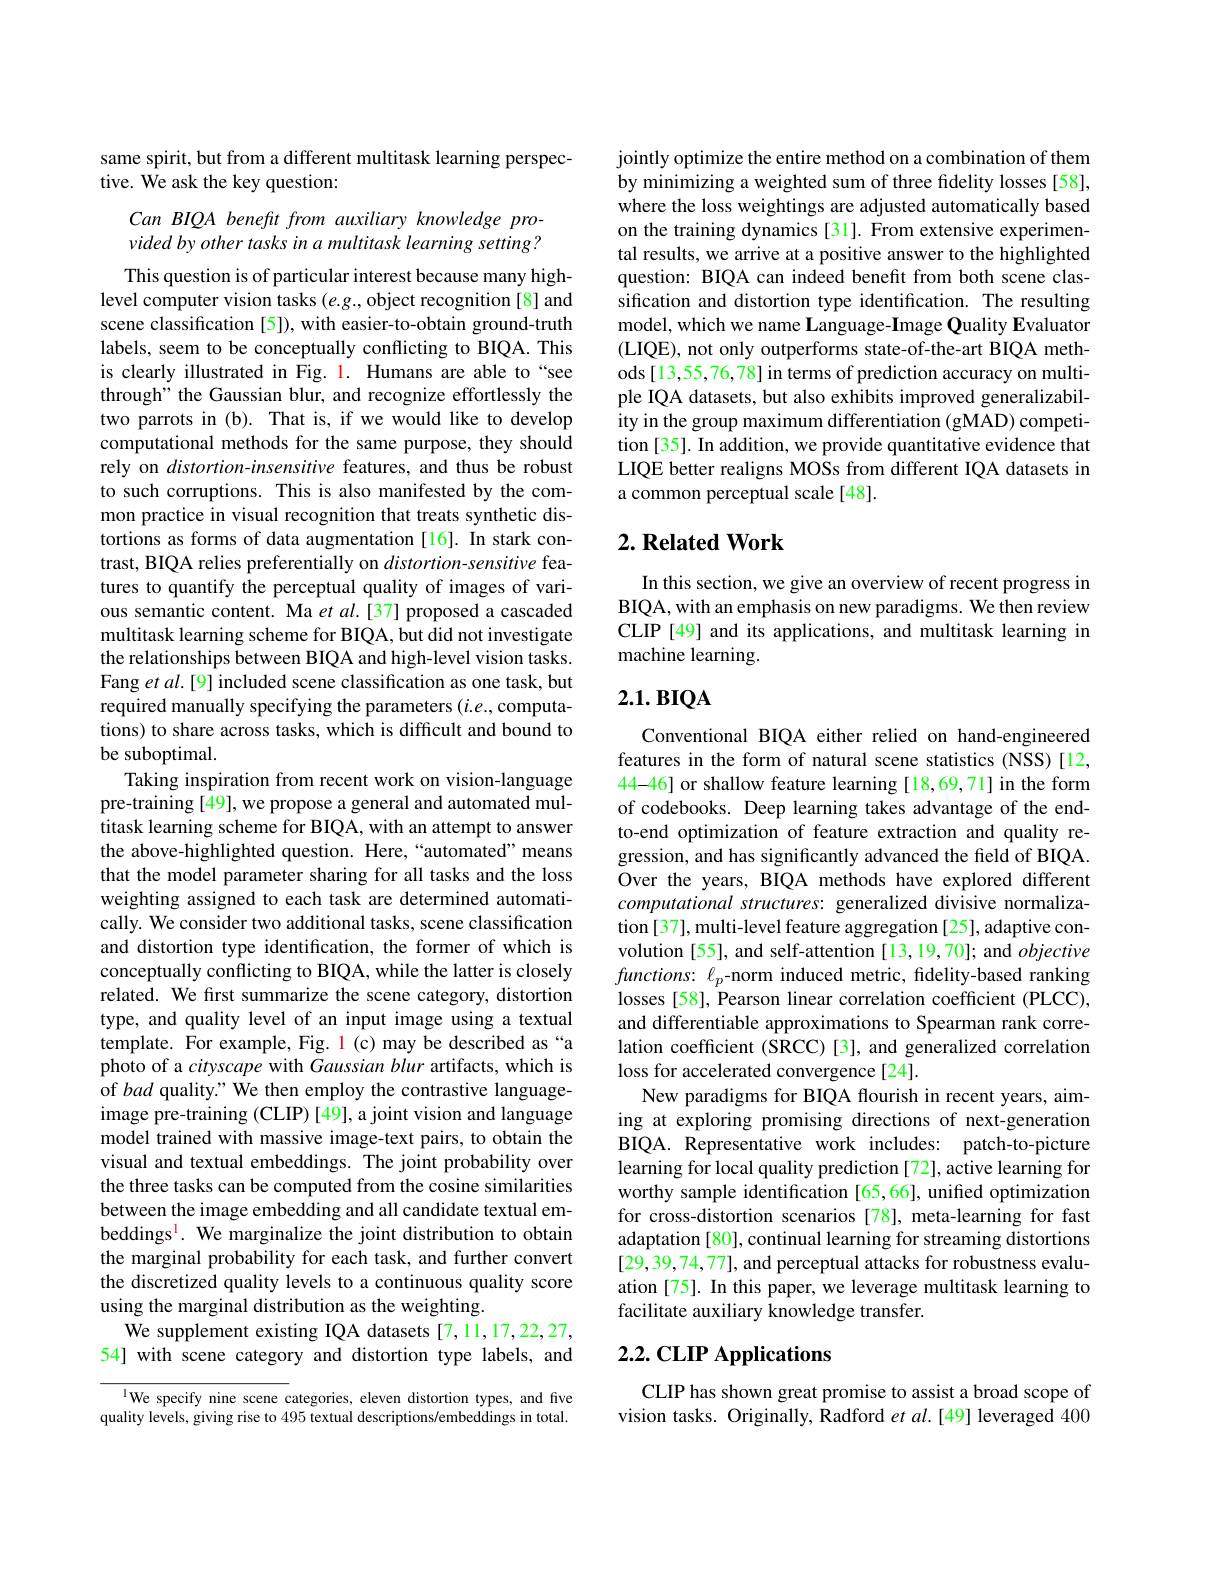
## same spirit, but from a different multitask learning perspective. We ask the key question:

Can BIQA benefit from auxiliary knowledge provided by other tasks in a multitask learning setting ?

This question is of particular interest because many highlevel computer vision tasks $(e.g.$, object recognition [8] and scene classification [5]), with easier-to-obtain ground-truth labels, seem to be conceptually conflicting to BIQA. This is clearly illustrated in Fig. 1. Humans are able to“see through" the Gaussian blur, and recognize effortlessly the two parrots in (b). That is, if we would like to develop computational methods for the same purpose, they should rely on distortion-insensitive features, and thus be robust to such corruptions. This is also manifested by the common practice in visual recognition that treats synthetic distortions as forms of data augmentation [16]. In stark contrast, BIQA relies preferentially on $distortion-sensitive$ features to quantify the perceptual quality of images of various semantic content. Ma $et$ al.[37] proposed a cascaded multitask learning scheme for BIQA, but did not investigate the relationships between BIQA and high-level vision tasks. Fang et al.[9] included scene classification as one task, but required manually specifying the parameters (i.e., computations) to share across tasks, which is difficult and bound to be suboptimal.
Taking inspiration from recent work on vision-language pre-training [49], we propose a general and automated multitask learning scheme for BIQA, with an attempt to answer the above-highlighted question. Here,“automated”means that the model parameter sharing for all tasks and the loss weighting assigned to each task are determined automatically. We consider two additional tasks, scene classification and distortion type identification, the former of which is conceptually conflicting to BIQA, while the latter is closely related. We first summarize the scene category, distortion type, and quality level of an input image using a textual template. For example, Fig. 1(c) may be described as “a photo of a cityscape with Gaussian blur artifacts, which is of bad quality." We then employ the contrastive languageimage pre-training (CLIP) [49], a joint vision and language model trained with massive image-text pairs, to obtain the visual and textual embeddings. The joint probability over the three tasks can be computed from the cosine similarities between the image embedding and all candidate textual embeddings$^{\mathrm{l}}.$ We marginalize the joint distribution to obtain the marginal probability for each task, and further convert the discretized quality levels to a continuous quality score using the marginal distribution as the weighting.
We supplement existing IQA datasets [7,11,17,22,27, 54] with scene category and distortion type labels, and

$^{1}$We specify nine scene categories, eleven distortion types, and five quality levels, giving rise to 495 textual descriptions/embeddings in total.

jointly optimize the entire method on a combination of them by minimizing a weighted sum of three fidelity losses [58], where the loss weightings are adjusted automatically based on the training dynamics [31]. From extensive experimental results, we arrive at a positive answer to the highlighted question: BIQA can indeed benefit from both scene classification and distortion type identification. The resulting model, which we name Language-Image Quality Evaluator (LIQE), not only outperforms state-of-the-art BIQA methods [13,55,76,78] in terms of prediction accuracy on multiple IQA datasets, but also exhibits improved generalizability in the group maximum differentiation (gMAD) competition [35]. In addition, we provide quantitative evidence that LIQE better realigns MOSs from different IQA datasets in a common perceptual scale [48].

## $2. \textbf{ Related Work}$

In this section, we give an overview of recent progress in BIQA, with an emphasis on new paradigms. We then review CLIP [49] and its applications, and multitask learning in machine learning.

## $2. 1. \textbf{в IQA}$

Conventional BIQA either relied on hand-engineered features in the form of natural scene statistics (NSS)[12, 44-46] or shallow feature learning [18,69,71] in the form of codebooks. Deep learning takes advantage of the endto-end optimization of feature extraction and quality regression, and has significantly advanced the field of BIQA. Over the years, BIQA methods have explored different computational structures: generalized divisive normalization[37], multi-level feature aggregation [25], adaptive convolution [55], and self-attention [13,19,70]; and objective $functions:\ell_{p}$-norm induced metric, fidelity-based ranking losses [58], Pearson linear correlation coefficient (PLCC), and differentiable approximations to Spearman rank correlation coefficient (SRCC)[3], and generalized correlation loss for accelerated convergence[24].
New paradigms for BIQA flourish in recent years, aiming at exploring promising directions of next-generation BIQA. Representative work includes: patch-to-picture learning for local quality prediction [72], active learning for worthy sample identification [65,66], unified optimization for cross-distortion scenarios[78], meta-learning for fast adaptation [80], continual learning for streaming distortions [29,39,74,77], and perceptual attacks for robustness evaluation [75]. In this paper, we leverage multitask learning to facilitate auxiliary knowledge transfer.

## 2.2. CLP Applications

CLIP has shown great promise to assist a broad scope of vision tasks. Originally, Radford et al.[49] leveraged 400